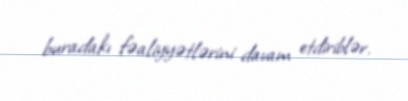
buradakı fəaliyyətlərini davam etdiriblər.